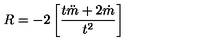
R = - 2 \left[ \frac { t \ddot { m } + 2 \dot { m } } { t ^ { 2 } } \right]